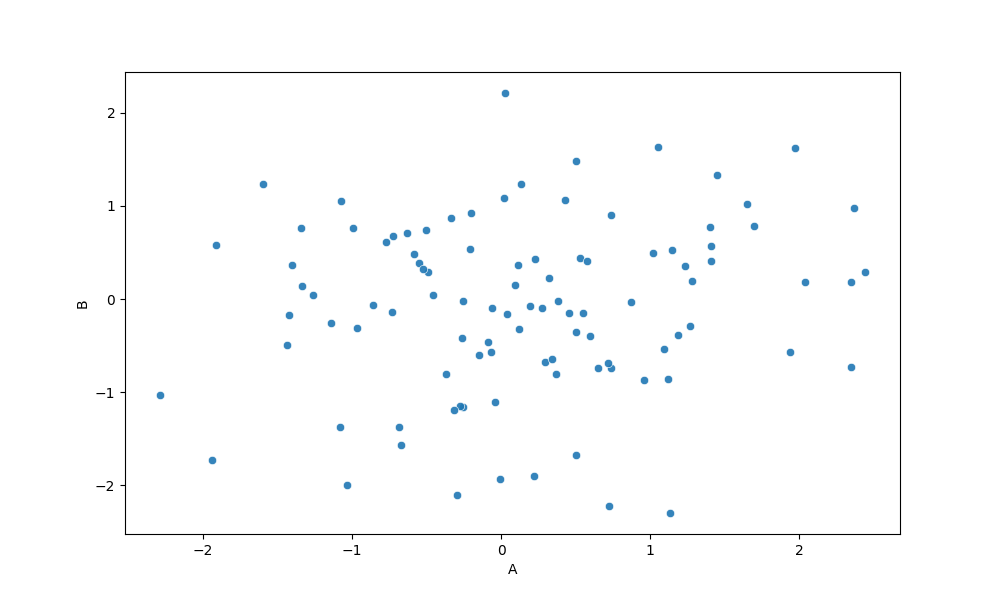
python, seaborn, scatterplot, hue='None', style='None', size='None', palette='deep', alpha=0.9